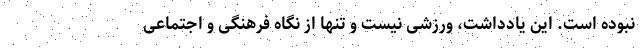
نبوده است. این یادداشت، ورزشی نیست و تنها از نگاه فرهنگی و اجتماعی